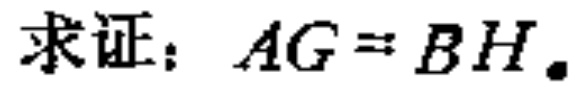
求证：\(AG = BH\)。